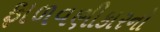
ફાળવણીકારનો